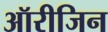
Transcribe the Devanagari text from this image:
ऑरीजिन